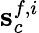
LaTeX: {\mathbf s}_{c}^{f,i}